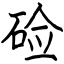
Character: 硷